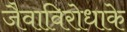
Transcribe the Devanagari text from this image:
जैवाविरोधाके